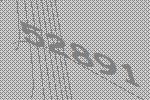
52891